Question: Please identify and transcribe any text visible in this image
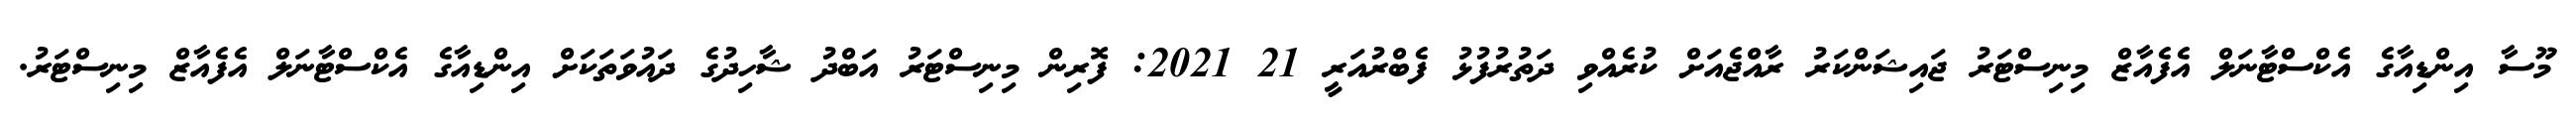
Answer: މޫސާ އިންޑިއާގެ އެކްސްޓާނަލް އެފެއާޒް މިނިސްޓަރު ޖައިޝަންކަރު ރާއްޖެއަށް ކުރެއްވި ދަތުރުފުޅު ފެބްރުއަރީ 21 2021: ފޮރިން މިނިސްޓަރު އަބްދު ޝާހިދުގެ ދައުވަތަކަށް އިންޑިއާގެ އެކްސްޓާނަލް އެފެއާޒް މިނިސްޓަރު.